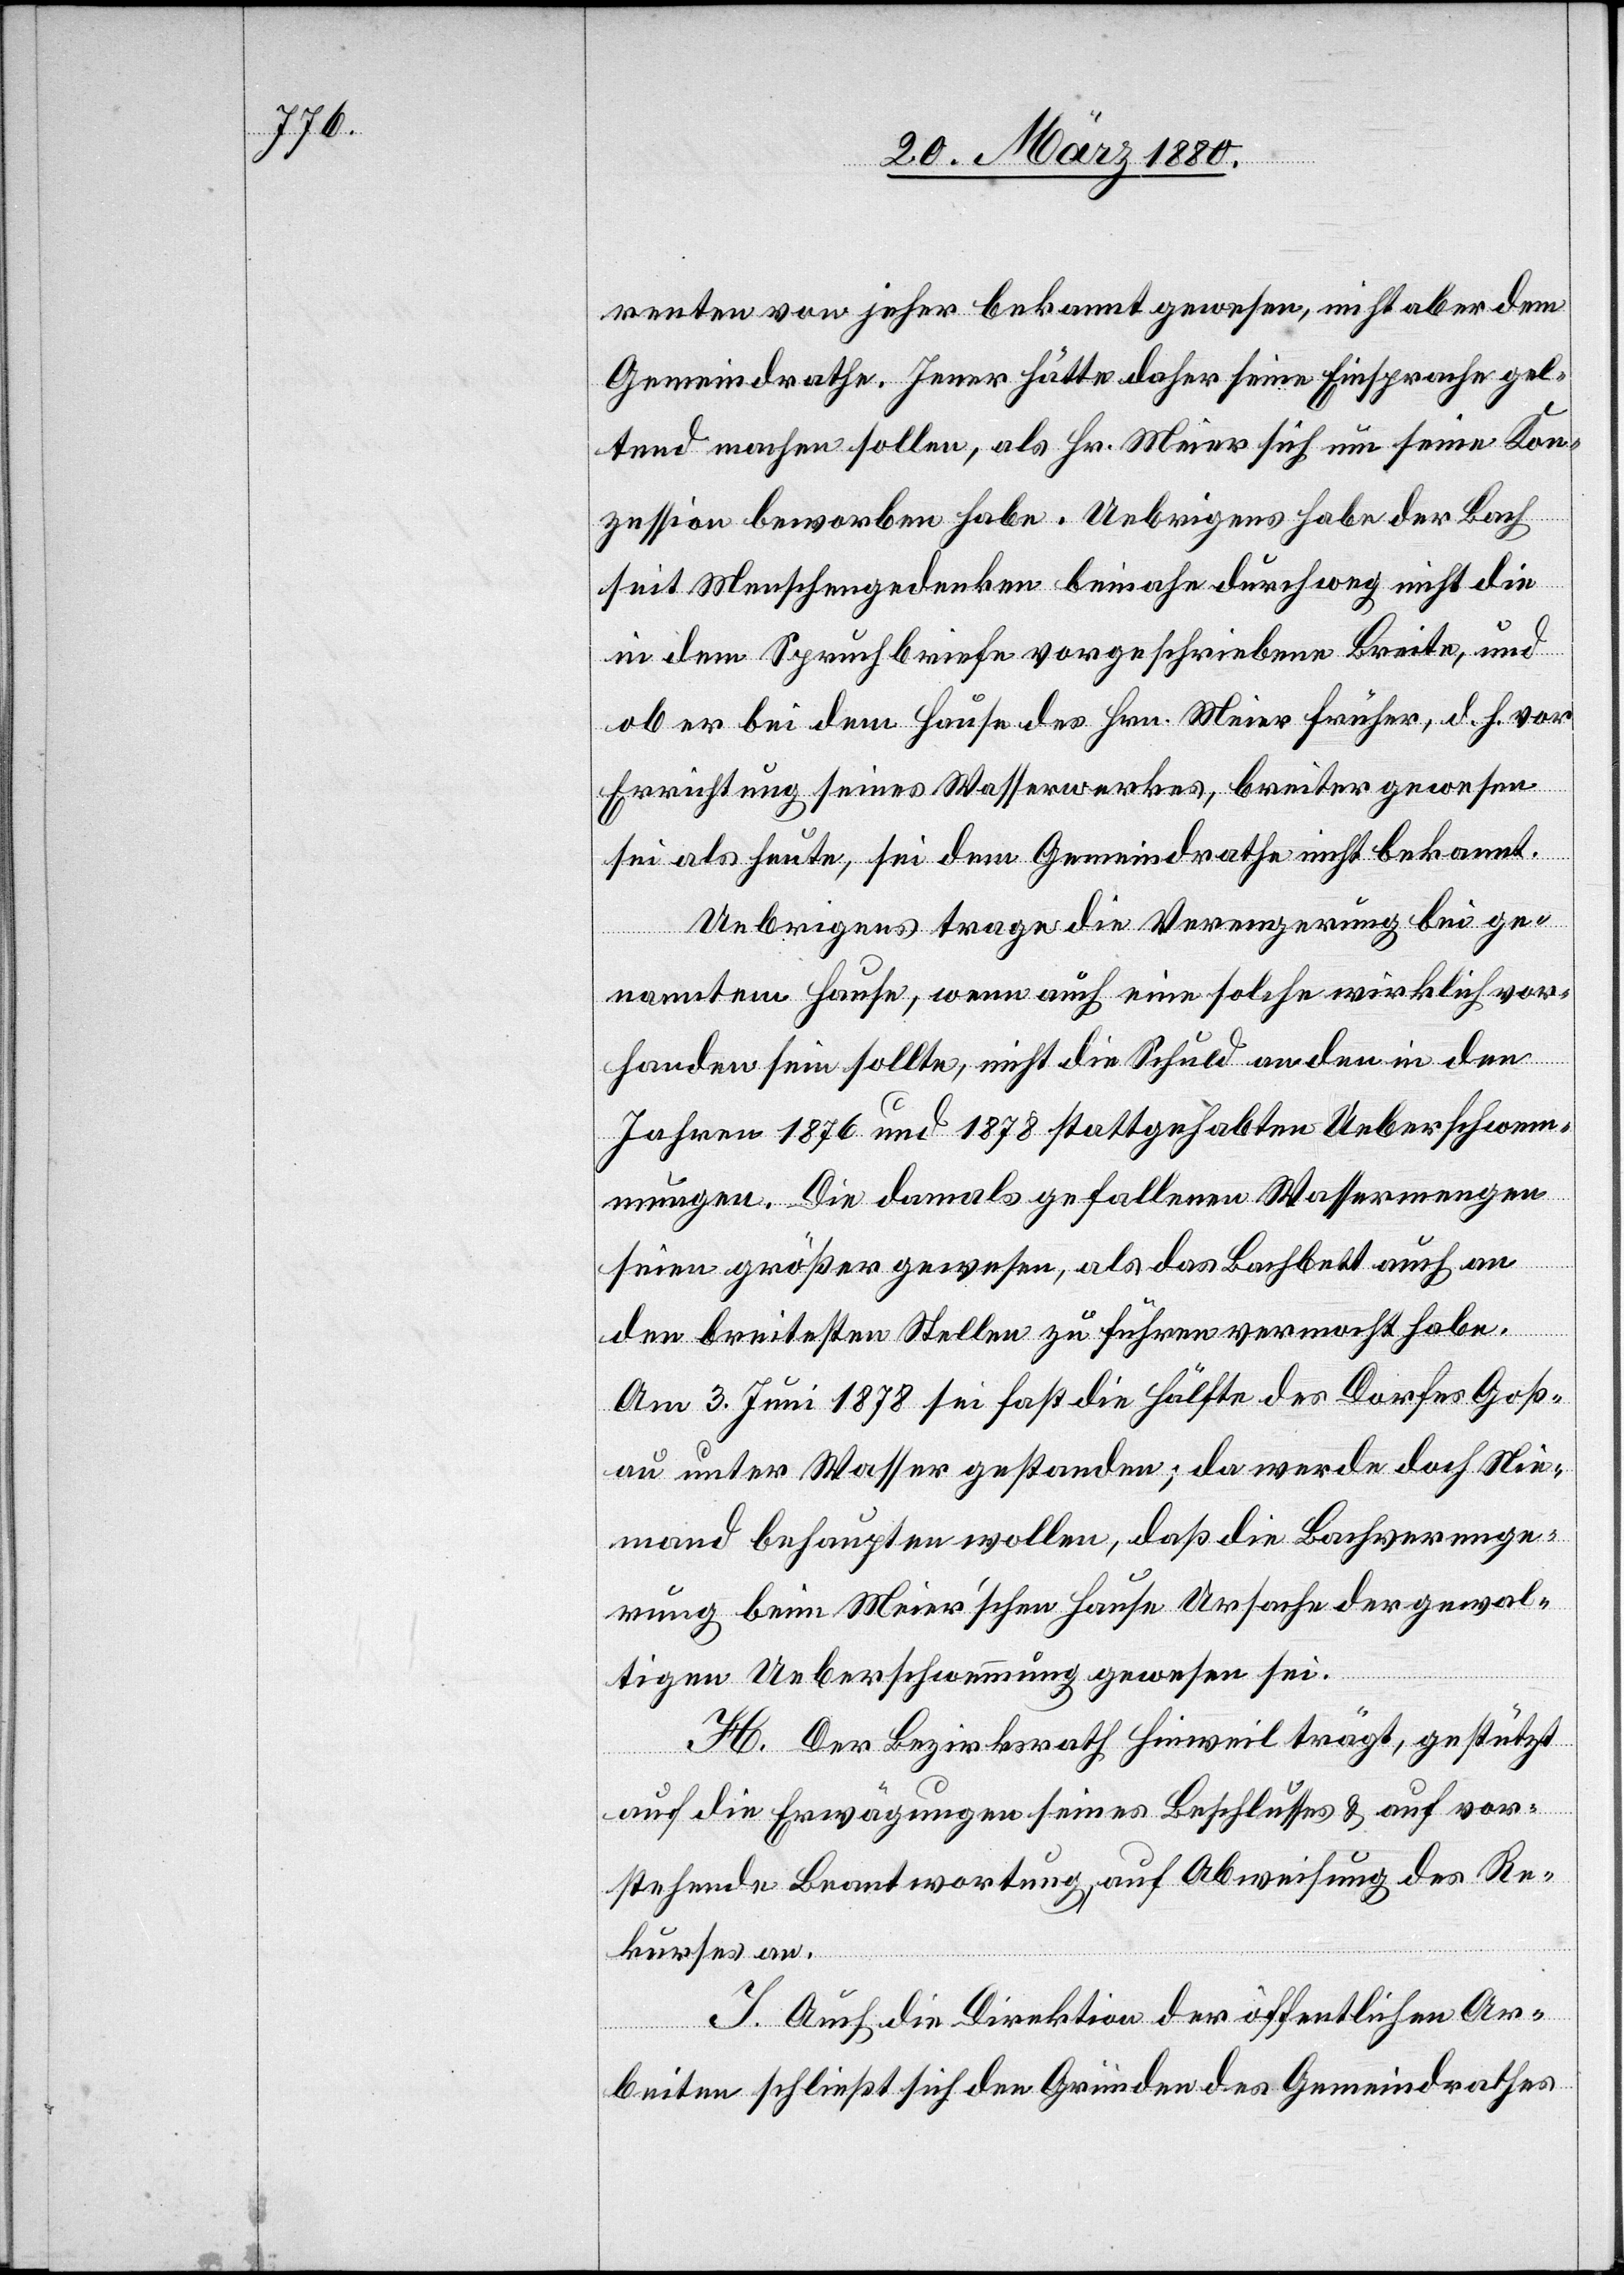
renten von jeher bekannt gewesen, nicht aber dem
Gemeindrathe. Jener hätte daher seine Einsprache gel¬
tend machen sollen, als Hr. Meier sich um seine Kon¬
zession beworben habe. Uebrigens habe der Bach
seit Menschengedenken beinahe durchweg nicht die
in dem Spruchbriefe vorgeschriebene Breite, und
ob er bei dem Hause des Hrn. Meier früher, d. h. vor
Errichtung seines Wasserwerkes, breiter gewesen
sei als heute, sei dem Gemeindrathe nicht bekannt.
Uebrigens trage die Verengerung bei ge¬
nanntem Hause, wenn auch eine solche wirklich vor¬
handen sein sollte, nicht die Schuld an den in den
Jahren 1876 und 1878 stattgehabten Ueberschwem¬
mungen. Die damals gefallenen Wassermengen
seien größer gewesen, als das Bachbett auch an
den breitesten Stellen zu führen vermocht habe.
Am 3. Juni 1878 sei fast die Hälfte des Dorfes Goß¬
au unter Wasser gestanden; da werde doch Nie¬
mand behaupten wollen, daß die Bachverenge¬
rung beim Meier’schen Hause Ursache der gewal¬
tigen Ueberschwemmung gewesen sei.
H. Der Bezirksrath Hinweil trägt, gestützt
auf die Erwägungen seines Beschlusses & auf vor¬
stehende Beantwortung, auf Abweisung des Re¬
kurses an.
I. Auch die Direktion der öffentlichen Ar¬
beiten schließt sich den Gründen des Gemeindrathes